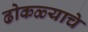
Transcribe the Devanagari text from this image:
ढोकळ्याचे